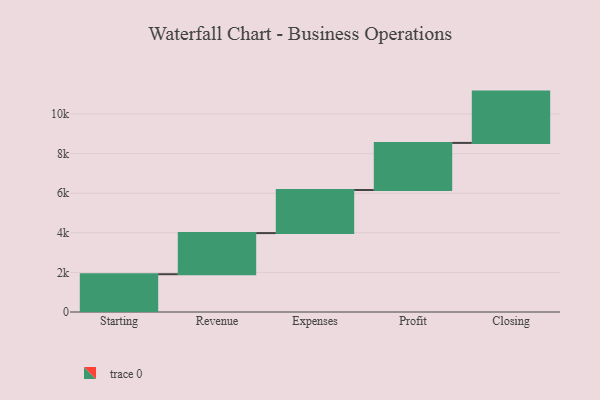
{"axis": {"x": "Step", "y": "Value"}, "legend": [""], "data": [{"x": "Starting", "y": 1909.0, "type": ""}, {"x": "Revenue", "y": 2079.0, "type": ""}, {"x": "Expenses", "y": 2178.0, "type": ""}, {"x": "Profit", "y": 2379.0, "type": ""}, {"x": "Closing", "y": 2593.0, "type": ""}]}